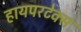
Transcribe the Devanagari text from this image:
हायपरटेक्स